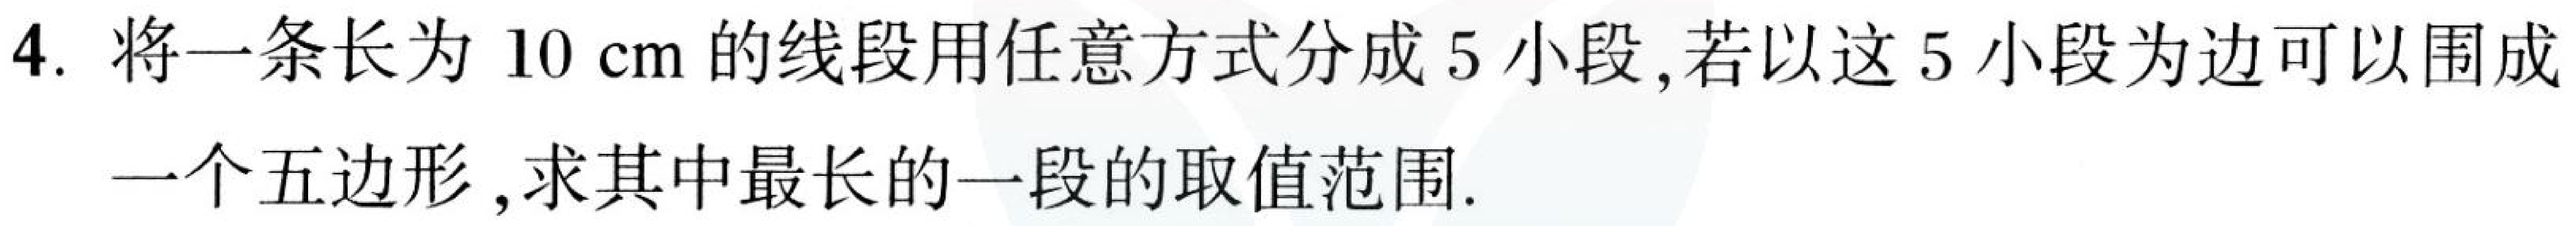
4. 将一条长为\(10\mathrm{cm}\)的线段用任意方式分成\(5\)小段,若以这\(5\)小段为边可以围成一个五边形,求其中最长的一段的取值范围.